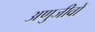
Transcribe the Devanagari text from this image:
अणुजीवों